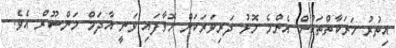
އިތުރު ހަރަކާތްތަކުން އެންމެ މޮޅު ދަރިވަރަކަށް ހޮވާފައި ވަނީ އާދަމް މަންސޫރް އެވެ.